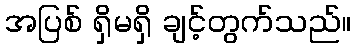
အပြစ် ရှိမရှိ ချင့်တွက်သည်။